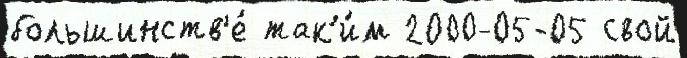
большинств'е́ так'и́м 2000-05-05 свой